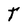
Character: T